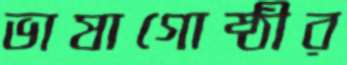
ভাষাগোষ্ঠীর